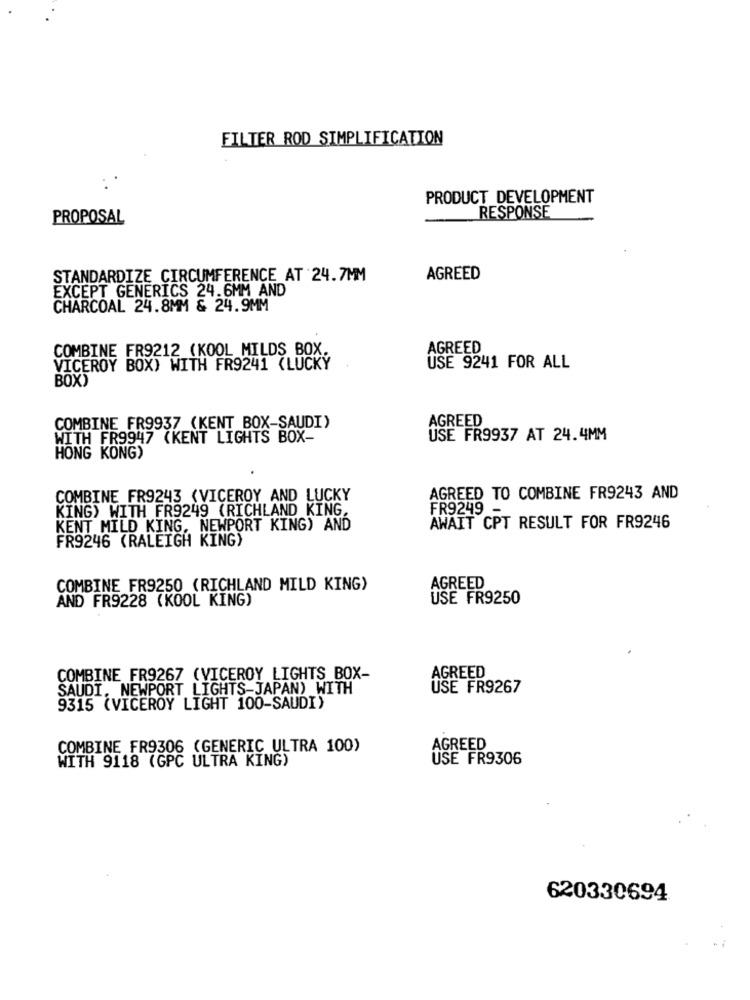
FILTER ROD SIMPLIFICATION
PRODUCT DEVELOPMENT
RESPONSE
PROPOSAL
STANDARDIZE CIRCUMFERENCE AT 24.7MM
AGREED
EXCEPT GENERICS 24.6MM AND
CHARCOAL 24.8MM & 24.9MM
COMBINE FR9212 (KOOL MILDS BOX.
AGREED
VICEROY BOX) WITH FR9241 (LUCKY
USE 9241 FOR ALL
BOX)
COMBINE FR9937 (KENT BOX-SAUDI)
AGREED
WITH FR9947 (KENT LIGHTS BOX-
USE FR9937 AT 24.4MM
HONG KONG)
COMBINE FR9243 (VICEROY AND LUCKY
AGREED TO COMBINE FR9243 AND
KING) WITH FR9249 (RICHLAND KING,
FR9249
KENT MILD KING, NEWPORT KING) AND
AWAIT CPT RESULT FOR FR9246
FR9246 (RALEIGH KING)
COMBINE FR9250 (RICHLAND MILD KING)
AGREED
AND FR9228 (KOOL KING)
USE FR9250
COMBINE FR9267 (VICEROY LIGHTS BOX-
AGREED
SAUDI, NEWPORT LIGHTS-JAPAN) WITH
USE FR9267
9315 (VICEROY LIGHT 100-SAUDI)
COMBINE FR9306 (GENERIC ULTRA 100)
AGREED
WITH 9118 (GPC ULTRA KING)
USE FR9306
620330694